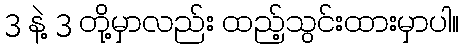
3 နဲ့ 3 တို့မှာလည်း ထည့်သွင်းထားမှာပါ။